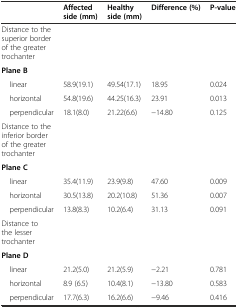
<table><thead><tr><td></td><td><b>Affected side (mm)</b></td><td><b>Healthy side (mm)</b></td><td><b>Difference (%)</b></td><td><b>P-value</b></td></tr></thead><tbody><tr><td>Distance to the superior border of the greater trochanter</td><td></td><td></td><td></td><td></td></tr><tr><td><b>Plane B</b></td><td></td><td></td><td></td><td></td></tr><tr><td> linear</td><td>58.9(19.1)</td><td>49.54(17.1)</td><td>18.95</td><td>0.024</td></tr><tr><td> horizontal</td><td>54.8(19.6)</td><td>44.25(16.3)</td><td>23.91</td><td>0.013</td></tr><tr><td> perpendicular</td><td>18.1(8.0)</td><td>21.22(6.6)</td><td>−14.80</td><td>0.125</td></tr><tr><td>Distance to the inferior border of the greater trochanter</td><td></td><td></td><td></td><td></td></tr><tr><td><b>Plane C</b></td><td></td><td></td><td></td><td></td></tr><tr><td> linear</td><td>35.4(11.9)</td><td>23.9(9.8)</td><td>47.60</td><td>0.009</td></tr><tr><td> horizontal</td><td>30.5(13.8)</td><td>20.2(10.8)</td><td>51.36</td><td>0.007</td></tr><tr><td> perpendicular</td><td>13.8(8.3)</td><td>10.2(6.4)</td><td>31.13</td><td>0.091</td></tr><tr><td>Distance to the lesser trochanter</td><td></td><td></td><td></td><td></td></tr><tr><td><b>Plane D</b></td><td></td><td></td><td></td><td></td></tr><tr><td> linear</td><td>21.2(5.0)</td><td>21.2(5.9)</td><td>−2.21</td><td>0.781</td></tr><tr><td> horizontal</td><td>8.9 (6.5)</td><td>10.4(8.1)</td><td>−13.80</td><td>0.583</td></tr><tr><td> perpendicular</td><td>17.7(6.3)</td><td>16.2(6.6)</td><td>−9.46</td><td>0.416</td></tr></tbody></table>